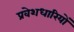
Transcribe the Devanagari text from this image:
प्रवेशधारियों